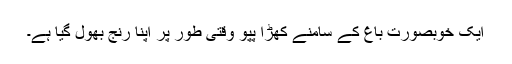
ایک خوبصورت باغ کے سامنے کھڑا پپو وقتی طور پر اپنا رنج بھول گیا ہے۔